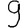
Digit: 9